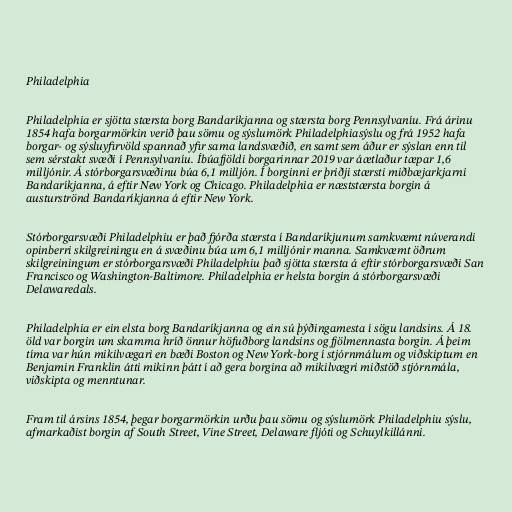
Philadelphia

Philadelphia er sjötta stærsta borg Bandaríkjanna og stærsta borg Pennsylvaníu. Frá árinu
1854 hafa borgarmörkin verið þau sömu og sýslumörk Philadelphiasýslu og frá 1952 hafa
borgar- og sýsluyfirvöld spannað yfir sama landsvæðið, en samt sem áður er sýslan enn til
sem sérstakt svæði í Pennsylvaníu. Íbúafjöldi borgarinnar 2019 var áætlaður tæpar 1,6
milljónir. Á stórborgarsvæðinu búa 6,1 milljón. Í borginni er þriðji stærsti miðbæjarkjarni
Bandaríkjanna, á eftir New York og Chicago. Philadelphia er næststærsta borgin á
austurströnd Bandaríkjanna á eftir New York.

Stórborgarsvæði Philadelphiu er það fjórða stærsta í Bandaríkjunum samkvæmt núverandi
opinberri skilgreiningu en á svæðinu búa um 6,1 milljónir manna. Samkvæmt öðrum
skilgreiningum er stórborgarsvæði Philadelphiu það sjötta stærsta á eftir stórborgarsvæði San
Francisco og Washington-Baltimore. Philadelphia er helsta borgin á stórborgarsvæði
Delawaredals.

Philadelphia er ein elsta borg Bandaríkjanna og ein sú þýðingamesta í sögu landsins. Á 18.
öld var borgin um skamma hríð önnur höfuðborg landsins og fjölmennasta borgin. Á þeim
tíma var hún mikilvægari en bæði Boston og New York-borg í stjórnmálum og viðskiptum en
Benjamin Franklin átti mikinn þátt í að gera borgina að mikilvægri miðstöð stjórnmála,
viðskipta og menntunar.

Fram til ársins 1854, þegar borgarmörkin urðu þau sömu og sýslumörk Philadelphiu sýslu,
afmarkaðist borgin af South Street, Vine Street, Delaware fljóti og Schuylkillánni.